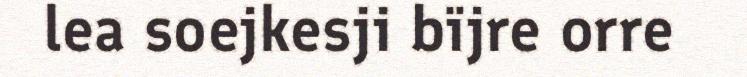
lea soejkesji bïjre orre